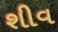
શીવ